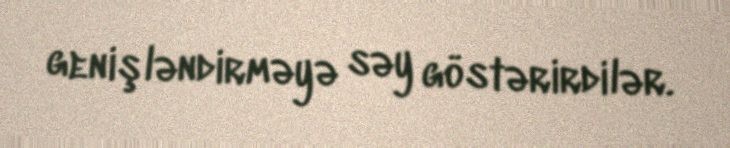
genişləndirməyə səy göstərirdilər.